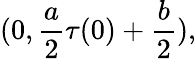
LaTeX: (0,\frac{a}{2}\tau(0)+\frac{b}{2}),